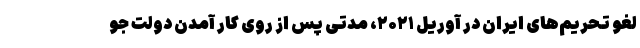
لغو تحریم‌های ایران در آوریل ۲۰۲۱، مدتی پس از روی کار آمدن دولت جو